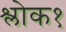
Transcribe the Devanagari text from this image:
श्लोक१